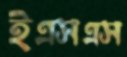
ইএসএস